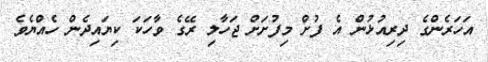
އަހަރެންގެ ދިރިއުޅުން އެ ފުށް މިފުށަށް ޖަހާލި ރޭގެ ވާހަކަ ކިޔައިދެން ހެއްޔެވެ